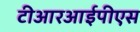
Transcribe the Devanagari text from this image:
टीआरआईपीएस